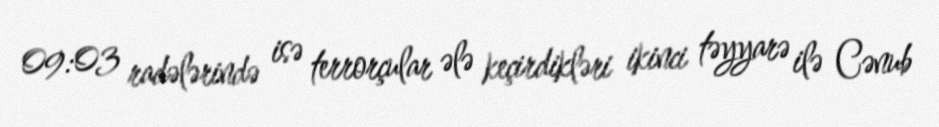
09:03 radələrində isə terrorçular ələ keçirdikləri ikinci təyyarə ilə Cənub